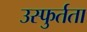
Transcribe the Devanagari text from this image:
उस्फुर्तता